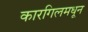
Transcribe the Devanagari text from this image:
कारगिलमधून